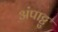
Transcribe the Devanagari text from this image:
अंपाट्टु